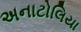
અનાટોલિયા